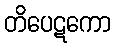
တိပေဋကော